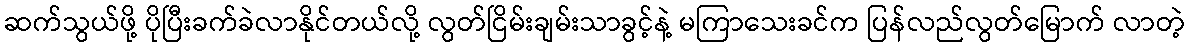
ဆက်သွယ်ဖို့ ပိုပြီးခက်ခဲလာနိုင်တယ်လို့ လွတ်ငြိမ်းချမ်းသာခွင့်နဲ့ မကြာသေးခင်က ပြန်လည်လွတ်မြောက် လာတဲ့